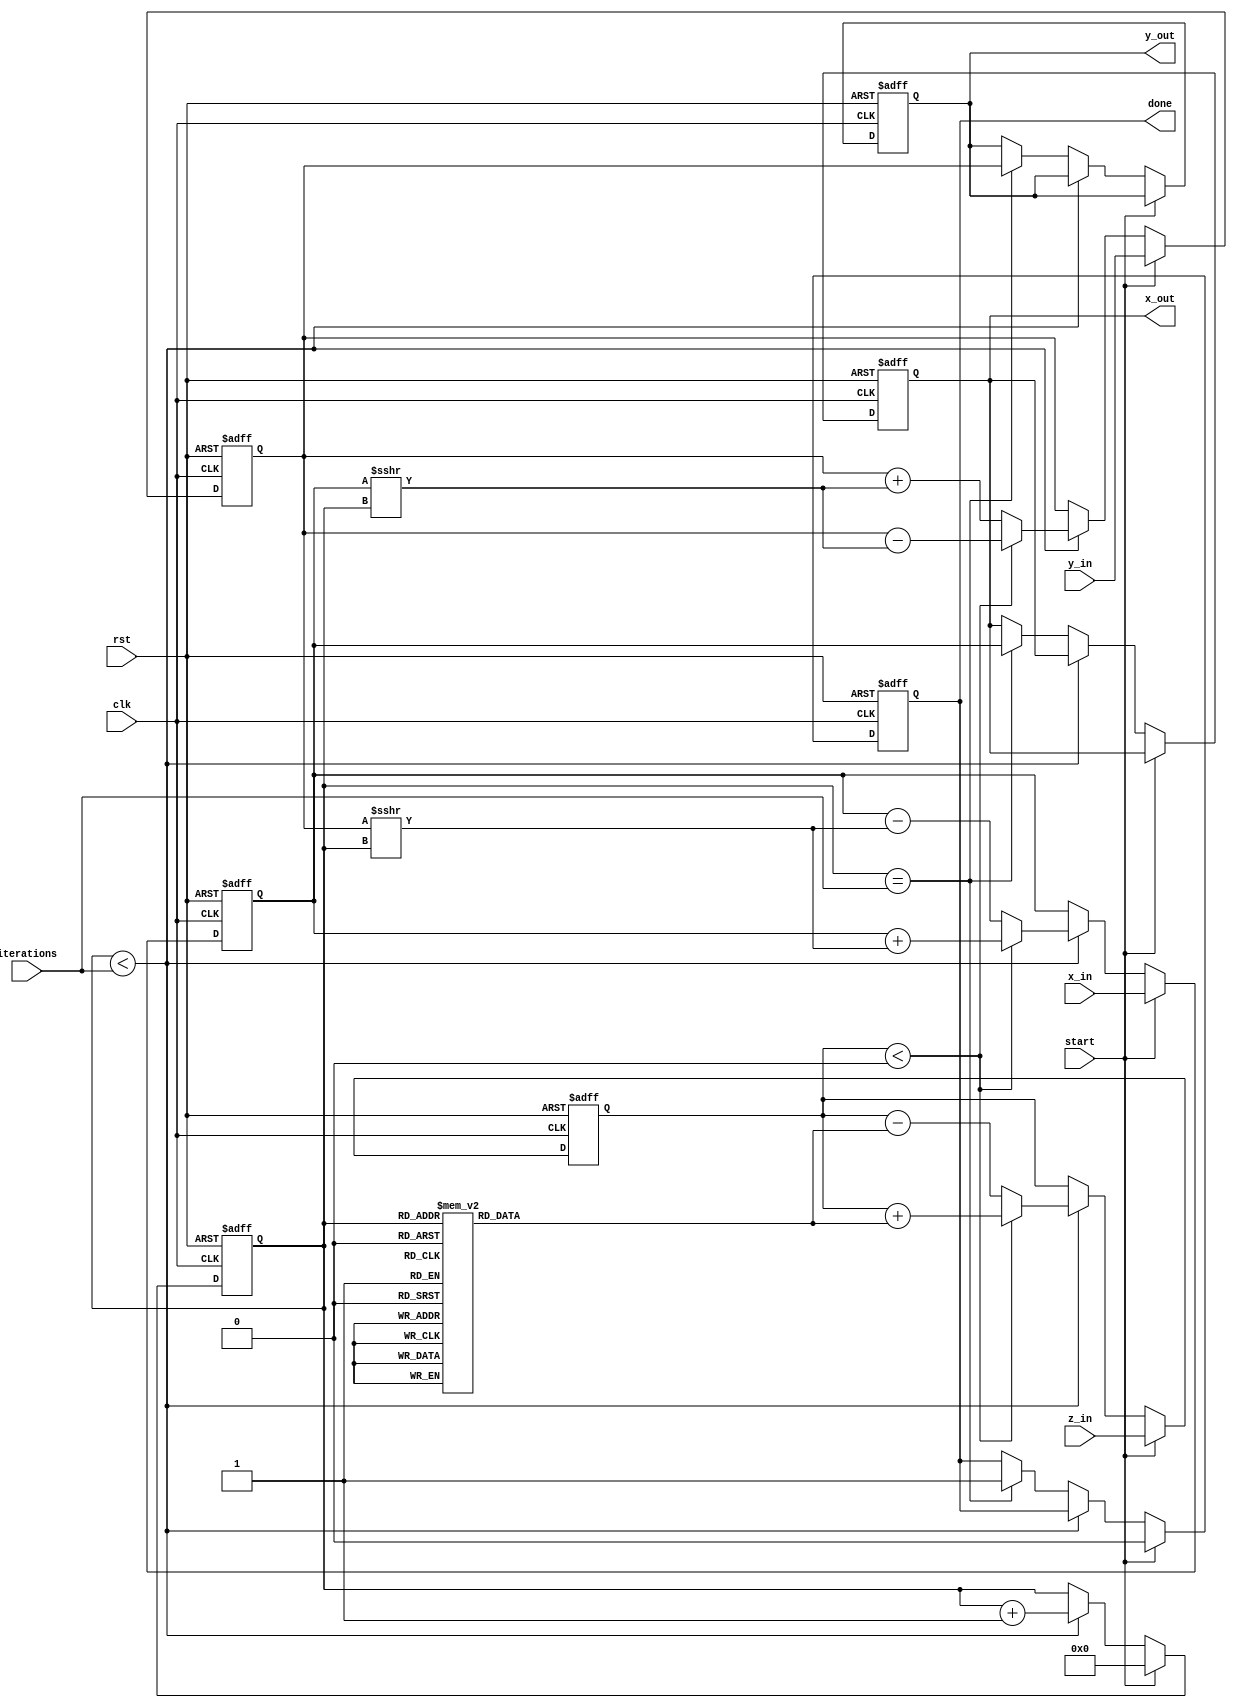
module cordic_2d (
    input wire clk,
    input wire rst,
    input wire start,
    input wire [15:0] x_in,  // Input x vector
    input wire [15:0] y_in,  // Input y vector
    input wire [15:0] z_in,  // Input angle (in radians, fixed-point)
    input wire [3:0] iterations, // Number of iterations
    output reg [15:0] x_out, // Output x vector
    output reg [15:0] y_out, // Output y vector
    output reg done          // Operation done flag
);

    reg [15:0] x; // Internal x vector
    reg [15:0] y; // Internal y vector
    reg [15:0] z; // Internal angle
    reg [3:0] count; // Iteration counter
    reg [15:0] atan_table [0:15]; // Angle lookup table

    // Initialize the arctangent lookup table
    initial begin
        atan_table[0] = 16'h0000; // atan(0)
        atan_table[1] = 16'h3243; // atan(1/2^1)
        atan_table[2] = 16'h1DAC; // atan(1/2^2)
        atan_table[3] = 16'h1C71; // atan(1/2^3)
        atan_table[4] = 16'h1B7D; // atan(1/2^4)
        atan_table[5] = 16'h1B2D; // atan(1/2^5)
        atan_table[6] = 16'h1A7A; // atan(1/2^6)
        atan_table[7] = 16'h1A2C; // atan(1/2^7)
        atan_table[8] = 16'h19B9; // atan(1/2^8)
        atan_table[9] = 16'h196A; // atan(1/2^9)
        atan_table[10] = 16'h192C; // atan(1/2^10)
        atan_table[11] = 16'h18F0; // atan(1/2^11)
        atan_table[12] = 16'h18B4; // atan(1/2^12)
        atan_table[13] = 16'h1880; // atan(1/2^13)
        atan_table[14] = 16'h1840; // atan(1/2^14)
        atan_table[15] = 16'h1800; // atan(1/2^15)
    end

    // CORDIC rotation algorithm
    always @(posedge clk or posedge rst) begin
        if (rst) begin
            x <= 0;
            y <= 0;
            z <= 0;
            count <= 0;
            done <= 0;
            x_out <= 0;
            y_out <= 0;
        end else if (start) begin
            x <= x_in;
            y <= y_in;
            z <= z_in;
            count <= 0;
            done <= 0;
        end else if (count < iterations) begin
            if (z < 0) begin
                // Rotate clockwise
                x <= x + (y >>> count);
                y <= y - (x >>> count);
                z <= z + atan_table[count];
            end else begin
                // Rotate counterclockwise
                x <= x - (y >>> count);
                y <= y + (x >>> count);
                z <= z - atan_table[count];
            end
            count <= count + 1;
        end else if (count == iterations) begin
            x_out <= x;
            y_out <= y;
            done <= 1;
        end
    end

endmodule